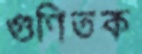
গুণিতক